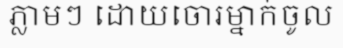
ភ្លាមៗ ដោយចោរម្នាក់ចូល